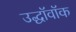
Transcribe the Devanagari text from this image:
उद्धॉवॉक